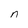
Character: n